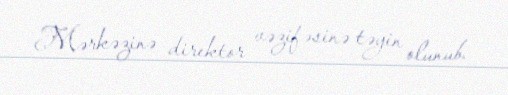
Mərkəzinə direktor vəzifəsinə təyin olunub.